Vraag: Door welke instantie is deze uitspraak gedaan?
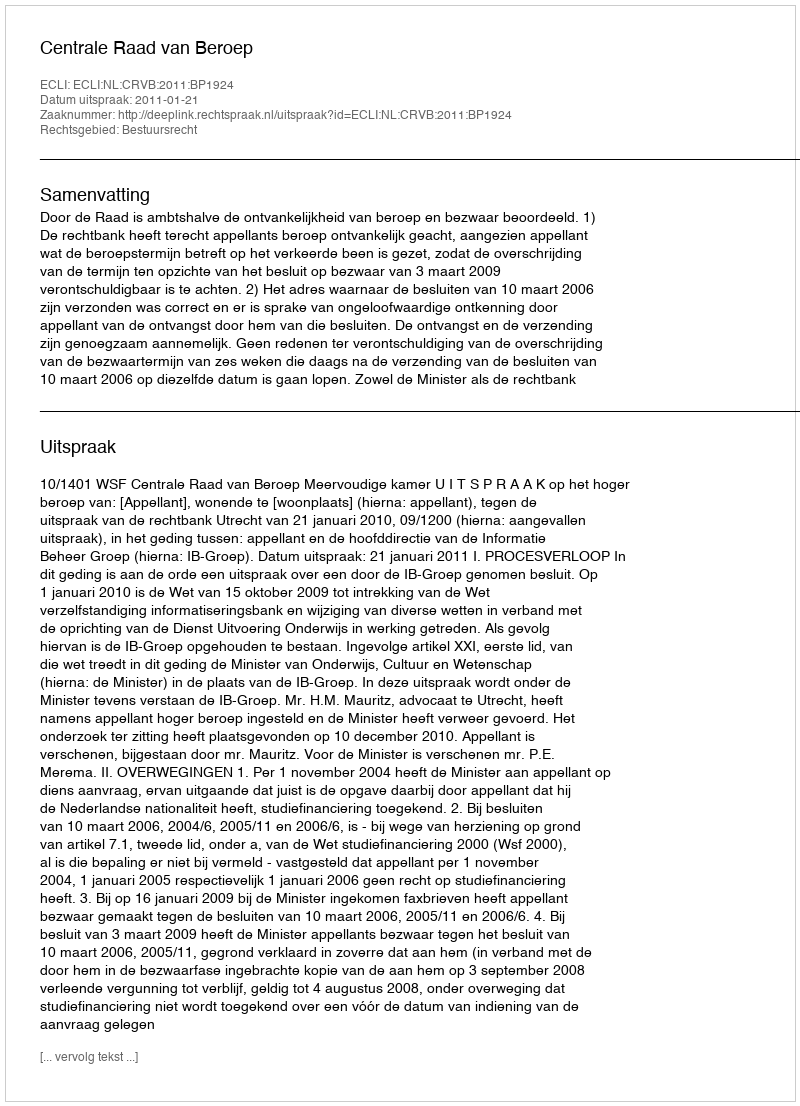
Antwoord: Centrale Raad van Beroep